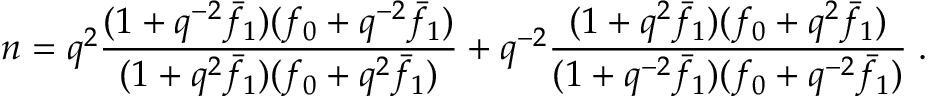
n = q ^ { 2 } \frac { ( 1 + q ^ { - 2 } \bar { f } _ { 1 } ) ( f _ { 0 } + q ^ { - 2 } \bar { f } _ { 1 } ) } { ( 1 + q ^ { 2 } \bar { f } _ { 1 } ) ( f _ { 0 } + q ^ { 2 } \bar { f } _ { 1 } ) } + q ^ { - 2 } \frac { ( 1 + q ^ { 2 } \bar { f } _ { 1 } ) ( f _ { 0 } + q ^ { 2 } \bar { f } _ { 1 } ) } { ( 1 + q ^ { - 2 } \bar { f } _ { 1 } ) ( f _ { 0 } + q ^ { - 2 } \bar { f } _ { 1 } ) } \; .